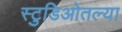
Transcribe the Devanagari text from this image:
स्टुडिओतल्या